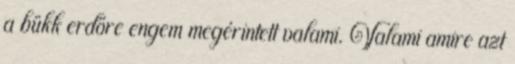
a bükk erdőre engem megérintett valami. Valami amire azt